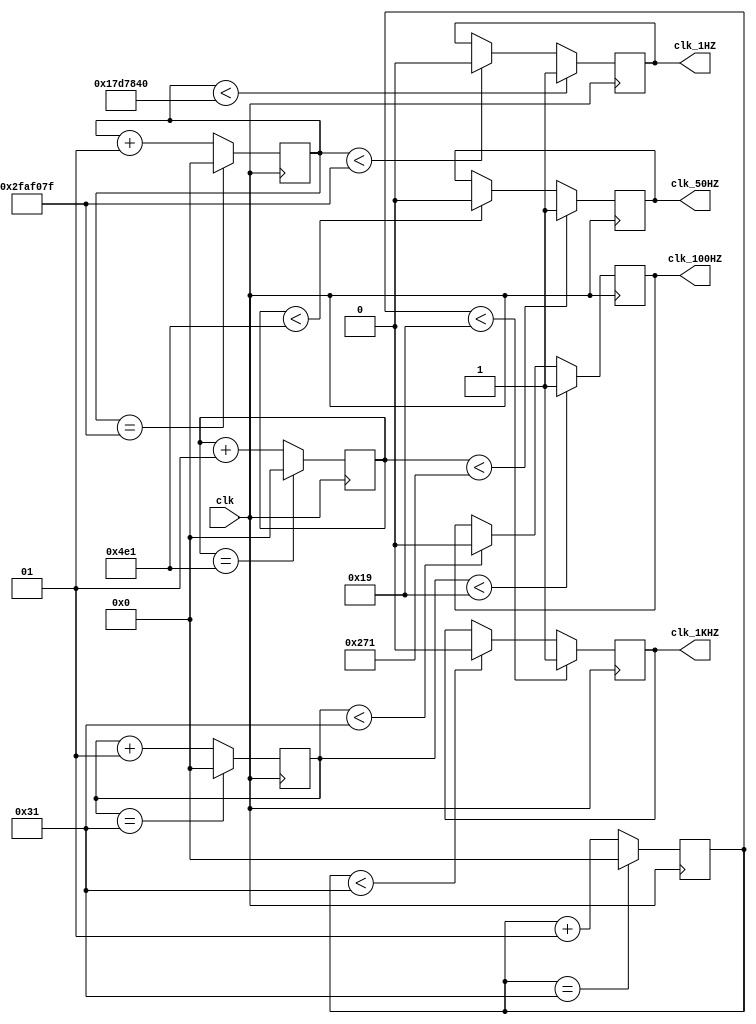
/*
		Student Name: Yang Li
		Studen Number: 1715977	
*/
module Div_Freq (clk, 
												clk_1HZ,
												clk_50HZ,
												clk_100HZ,
												clk_1KHZ);
input 									clk;
output							 	clk_1HZ,	
												clk_50HZ,	
												clk_100HZ,	
												clk_1KHZ;
reg 										clk_1HZ,	
												clk_50HZ,
												clk_100HZ,
												clk_1KHZ;
integer 							count1 = 0, 
												count2 = 0,
												count100 = 0, 
												count1k = 0;


always@(posedge clk)
begin 
			
        count1<=count1+1;
        if(count1<25_000_000)					//25_000_000
                clk_1HZ<=1;
        else if(count1<49_999_999)		//49999999
                clk_1HZ<=0;
        if(count1==49_999_999)				//49999999
                count1<=0;
 end
always@(posedge clk)
begin//0.4s
			count2<=count2+1;
        if(count2<625)					//1250000		10_000_000(0.4s)
                clk_50HZ<=1;	
        else if(count2<12_49)		//2499999 		19_999_999
                clk_50HZ<=0;	
        if(count2==12_49)				//2499999 		19_999_999
                count2<=0;
end
always@(posedge clk)
begin 
       count100<=count100+1;

        if(count100<25)//250000
                clk_100HZ<=1;
        else if(count100<49)//499999
                clk_100HZ<=0;  
        if(count100==49)//499999
                count100<=0;
end            
 

 always@(posedge clk) 
begin
        count1k<=count1k+1;
		  
        if(count1k<25)
                clk_1KHZ<=1;
        else if(count1k<49)
                clk_1KHZ<=0;  
        if(count1k==49)
                count1k<=0;
end
endmodule